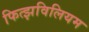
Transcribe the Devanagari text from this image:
फित्झविलियम